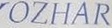
OZHAR